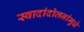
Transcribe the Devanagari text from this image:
स्वादांदोलनांमुळे